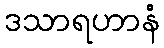
ဒသာရဟာနံ